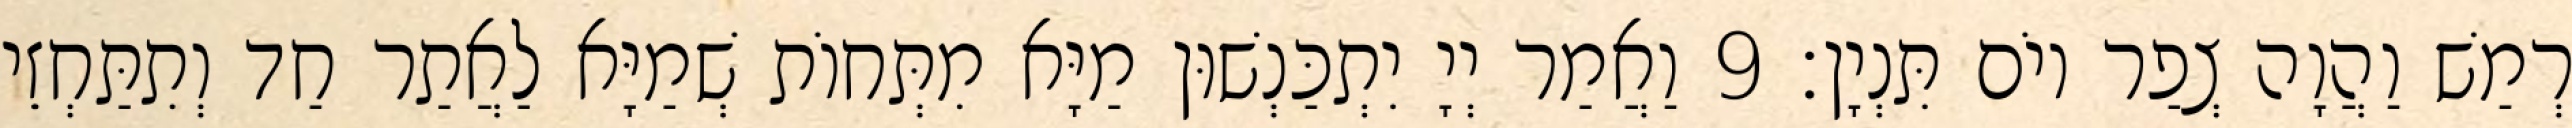
רְמַשׁ וַהֲוָה צְפַר יוֹם תִּנְיָן׃ 9 וַאֲמַר יְיָ יִתְכַּנְשׁוּן מַיָּא מִתְּחוֹת שְׁמַיָּא לַאֲתַר חַד וְתִתַּחְזֵי